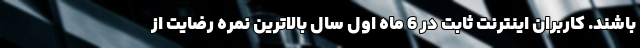
باشند. کاربران اینترنت ثابت در 6 ماه اول سال بالاترین نمره رضایت از